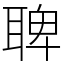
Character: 聛